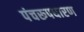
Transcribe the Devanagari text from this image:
पंचरूपधारण